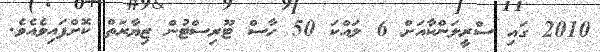
2010 ގައި ސްރީލަންކާއަށް 6 ލައްކަ 50 ހާސް ޓޫރިސްޓުން ޒިޔާރަތް ކޮށްފައިވެއެވެ.